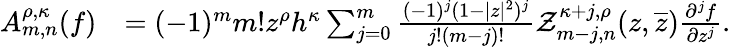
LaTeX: \begin{array}{rl}{A_{m,n}^{\rho,\kappa}(f)}&{=(-1)^{m}m!z^{\rho}h^{\kappa}\sum_{j=0}^{m}\frac{(-1)^{j}(1-|z|^{2})^{j}}{j!(m-j)!}\mathcal{Z}_{m-j,n}^{\kappa+j,\rho}(z,\overline{{z}})\frac{\partial^{j}f}{\partial{z^{j}}}.}\end{array}